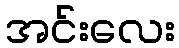
အင်းလေး